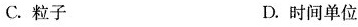
C.粒子 D.时间单位